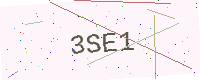
Text: 3SE1